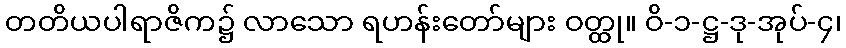
တတိယပါရာဇိက၌ လာသော ရဟန်းတော်များ ဝတ္ထု။ ဝိ-၁-ဋ္ဌ-ဒု-အုပ်-၄၊